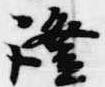
証